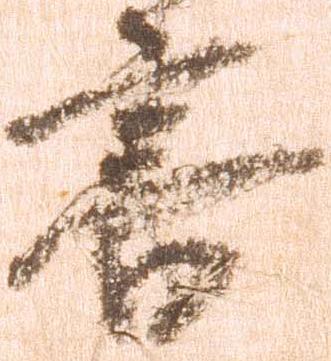
書